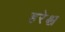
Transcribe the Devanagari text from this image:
हरेश्च